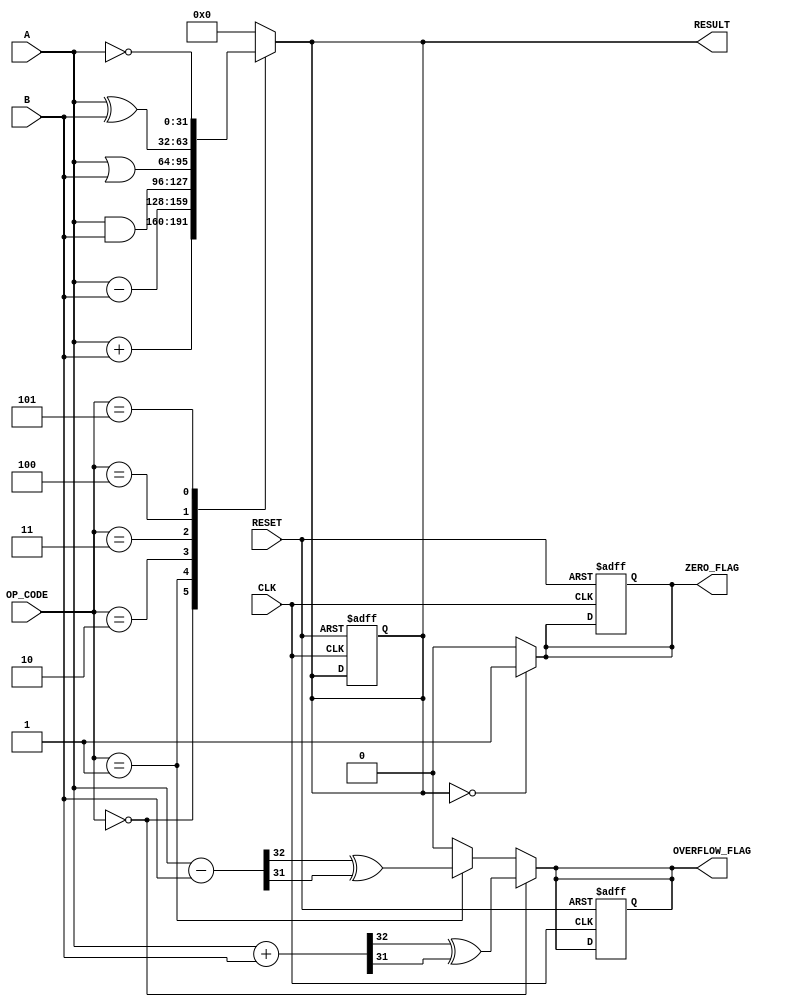
module parameterized_alu #(
    parameter DATA_WIDTH = 32,            // Bit-width of the data
    parameter OPERATION_MODE = 4           // Number of operations supported
)(
    input  wire [DATA_WIDTH-1:0] A,       // First operand
    input  wire [DATA_WIDTH-1:0] B,       // Second operand
    input  wire [OPERATION_MODE-1:0] OP_CODE, // Operation code
    input  wire CLK,                       // Clock signal
    input  wire RESET,                     // Asynchronous reset
    output reg [DATA_WIDTH-1:0] RESULT,   // Result of the operation
    output reg ZERO_FLAG,                  // Zero flag
    output reg OVERFLOW_FLAG                // Overflow flag
);

    // Internal signals for arithmetic operations
    wire [DATA_WIDTH:0] ADD_RESULT;        // For overflow detection in addition
    wire [DATA_WIDTH:0] SUB_RESULT;        // For overflow detection in subtraction

    // Combinational logic for ALU operations
    always @(*) begin
        case (OP_CODE)
            4'b0000: RESULT = A + B;          // Addition
            4'b0001: RESULT = A - B;          // Subtraction
            4'b0010: RESULT = A & B;          // AND
            4'b0011: RESULT = A | B;          // OR
            4'b0100: RESULT = A ^ B;          // XOR
            4'b0101: RESULT = ~A;             // NOT
            // Additional operations can be added here
            default: RESULT = 0;               // Default case
        endcase
    end

    // Overflow detection for addition and subtraction
    assign ADD_RESULT = A + B;
    assign SUB_RESULT = A - B;

    always @(*) begin
        // Zero flag
        ZERO_FLAG = (RESULT == 0) ? 1'b1 : 1'b0;

        // Overflow flag
        OVERFLOW_FLAG = 1'b0; // Default to no overflow
        if (OP_CODE == 4'b0000) begin // Addition
            OVERFLOW_FLAG = (ADD_RESULT[DATA_WIDTH] ^ ADD_RESULT[DATA_WIDTH-1]);
        end else if (OP_CODE == 4'b0001) begin // Subtraction
            OVERFLOW_FLAG = (SUB_RESULT[DATA_WIDTH] ^ SUB_RESULT[DATA_WIDTH-1]);
        end
    end

    // Sequential logic for clock and reset
    always @(posedge CLK or posedge RESET) begin
        if (RESET) begin
            RESULT <= 0;
            ZERO_FLAG <= 0;
            OVERFLOW_FLAG <= 0;
        end else begin
            // Update the result and flags
            RESULT <= RESULT; // Result is updated in combinational logic
        end
    end

endmodule